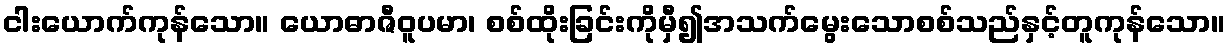
ငါးယောက်ကုန်သော။ ယောဓာဇီဝူပမာ၊ စစ်ထိုးခြင်းကိုမှီ၍အသက်မွေးသောစစ်သည်နှင့်တူကုန်သော။